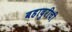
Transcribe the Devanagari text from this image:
बहादुरीची